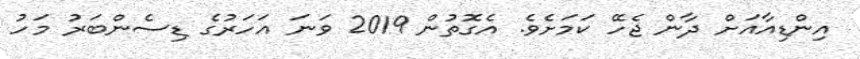
އިންޑިއާއަށް ދާން ޖެހޭ ކަމަށެވެ. އެގޮތުން 2019 ވަނަ އަހަރުގެ ޑިސެންބަރު މަހު